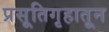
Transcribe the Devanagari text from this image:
प्रसूतिगृहातून